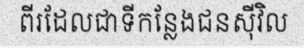
ពីរដែលជាទីកន្លែងជនស៊ីវិល